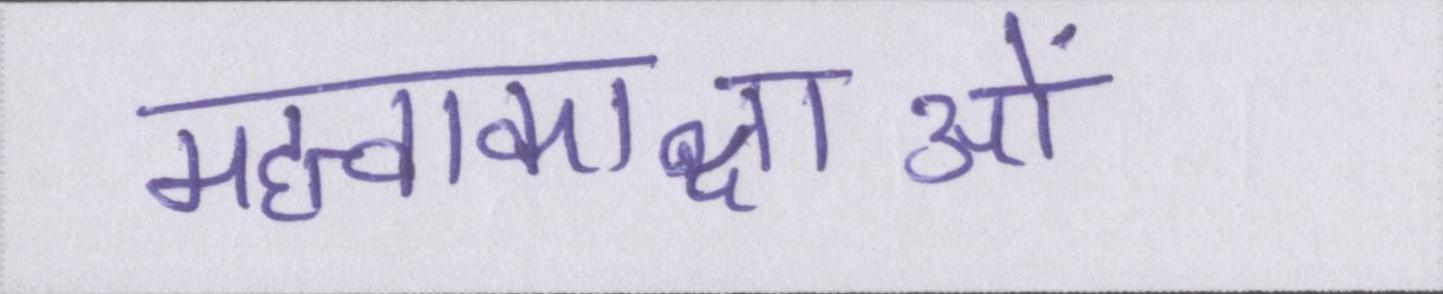
महत्वाकाक्षाओं